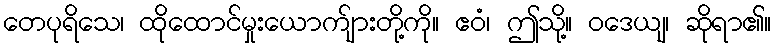
တေပုရိသေ၊ ထိုထောင်မှုးယောက်ျားတို့ကို။ ဧဝံ၊ ဤသို့။ ဝဒေယျ၊ ဆိုရာ၏။